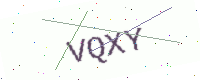
Text: VQXY